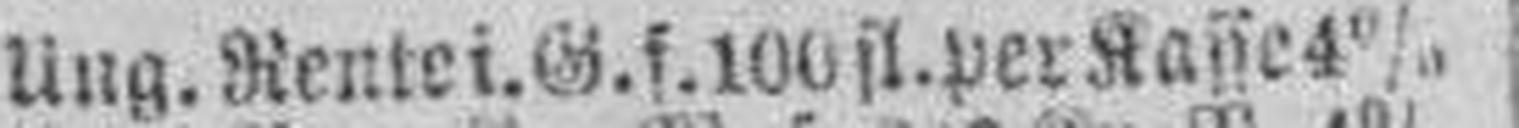
Ung.Rentei. G. f. 100 fl. per Kasse 4%